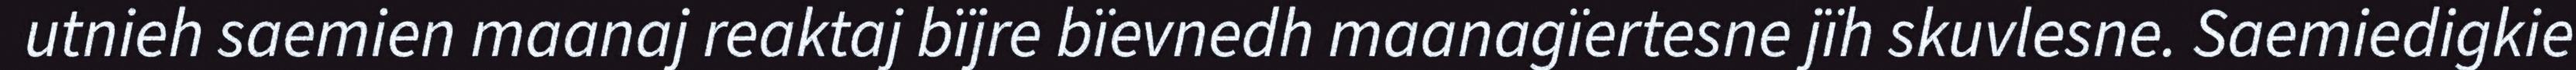
utnieh saemien maanaj reaktaj bïjre bïevnedh maanagïertesne jïh skuvlesne. Saemiedigkie